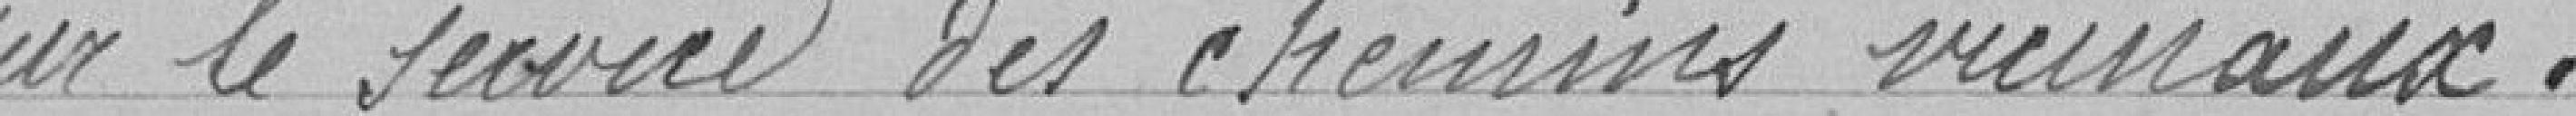
général sur le service des chemins vicinaux.